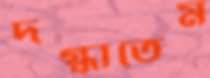
দগ্ধাতেম